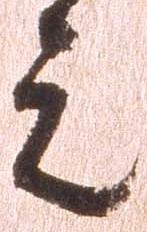
元